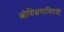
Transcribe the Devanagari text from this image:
स्त्रीशिक्षणाविषयी